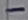
Text: -